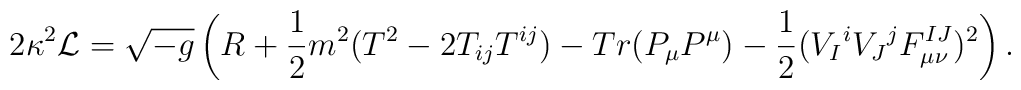
2\kappa^2 {\cal L} = \sqrt{-g} \left( R + {1\over 2} m^2 (T^2 - 2T_{ij}T^{ij}) -Tr(P_{\mu} P^{\mu}) - {1\over 2} (V_I{}^i V_J{}^j F_{\mu \nu}^{IJ})^2 \right) .